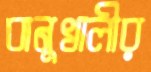
বানুখালীর